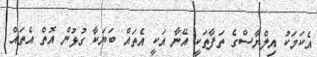
އެކަމަކު އިލްޔާސްގެ ތަފާތަކީ އޭނާ އަކީ އެތައް ބަޔަކާ ގުޅުން އޮތް އެތައް